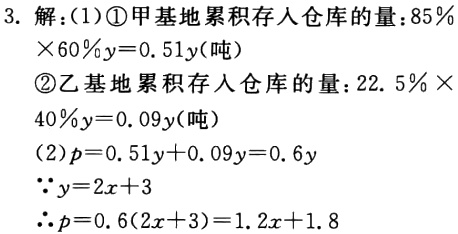
3. 解：(1)\textcircled{1}甲基地累积存入仓库的量：\(85\%\times60\%y = 0.51y(\text{吨})\)
\textcircled{2}乙基地累积存入仓库的量：\(22.5\%\times40\%y = 0.09y(\text{吨})\)
(2)\(p = 0.51y + 0.09y = 0.6y\)
\(\because y = 2x + 3\)
\(\therefore p = 0.6(2x + 3)=1.2x + 1.8\)